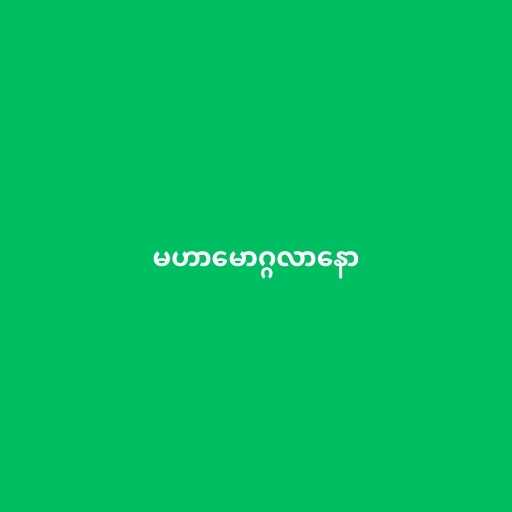
မဟာမောဂ္ဂလာနော